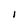
Character: l